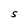
Character: S